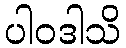
ပါဝဒါသိ